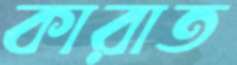
কারাত